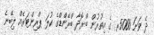
ދެ ވަނަ 5000ރ ގެ އިތުރުން ބްރޮދާ ބްރޭންޑްގެ ކުލަ ޕްރިންޓަރެއް ލިބޭނެ